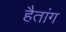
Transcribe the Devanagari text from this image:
हैतांग